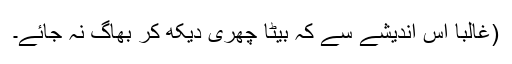
(غالباً اس اندیشے سے کہ بیٹا چھری دیکھ کر بھاگ نہ جائے۔